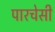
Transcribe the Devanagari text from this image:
पारचेसी